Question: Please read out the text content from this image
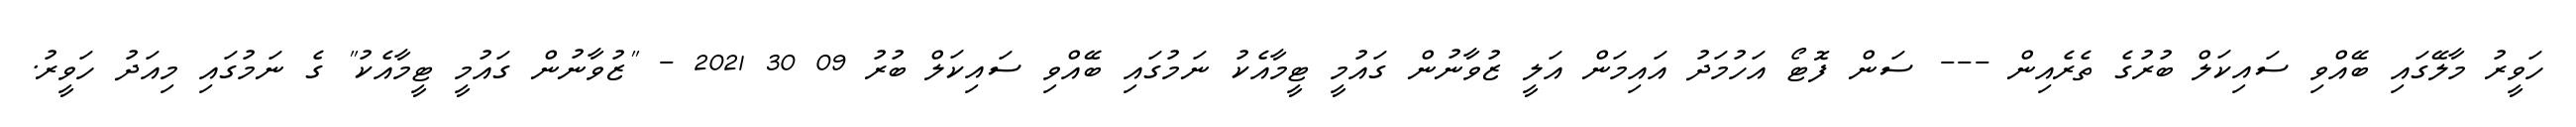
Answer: ހަވީރު މާލޭގައި ބޭއްވި ސައިކަލް ބުރުގެ ތެރެއިން --- ސަން ފޮޓޯ އަހުމަދު އައިމަން އަލީ ޒުވާނުން ގައުމީ ޓީމާއެކު ނަމުގައި ބޭއްވި ސައިކަލް ބުރު 09 30 2021 - "ޒުވާނުން ގައުމީ ޓީމާއެކު" ގެ ނަމުގައި މިއަދު ހަވީރު.